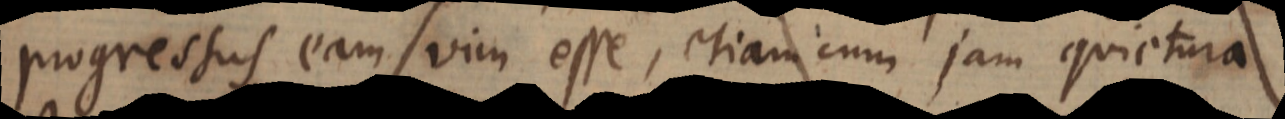
progressus eam vim esse, etiam cum jam quietura